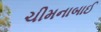
ચીમનાબાઈ